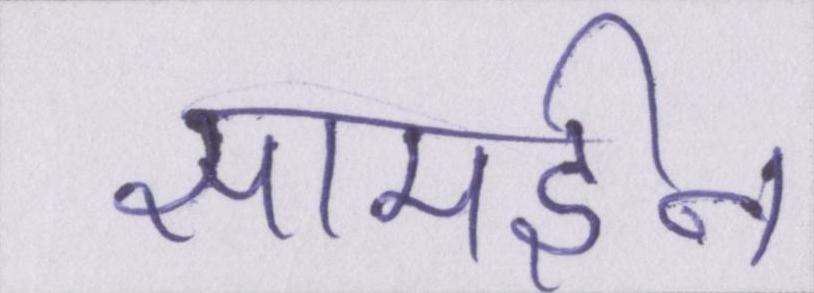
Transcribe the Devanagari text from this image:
सामईन